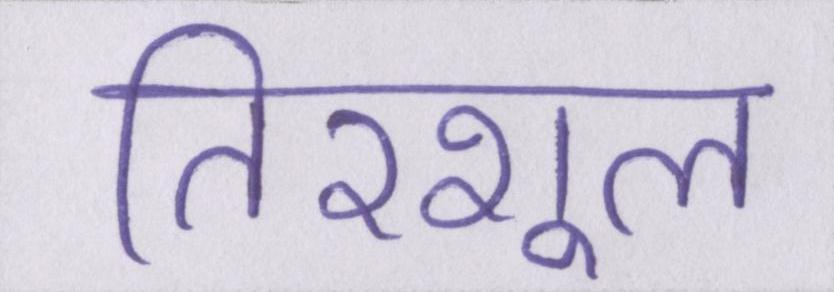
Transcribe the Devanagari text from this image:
तिरशूल